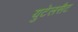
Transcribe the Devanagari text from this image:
युटेलसैट